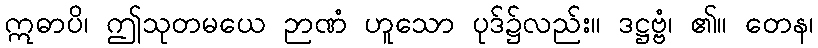
ဣဓာပိ၊ ဤသုတမယေ ဉာဏံ ဟူသော ပုဒ်၌လည်း။ ဒဋ္ဌဗ္ဗံ၊ ၏။ တေန၊